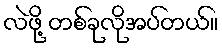
လဲဖို့ တစ်ခုလိုအပ်တယ်။